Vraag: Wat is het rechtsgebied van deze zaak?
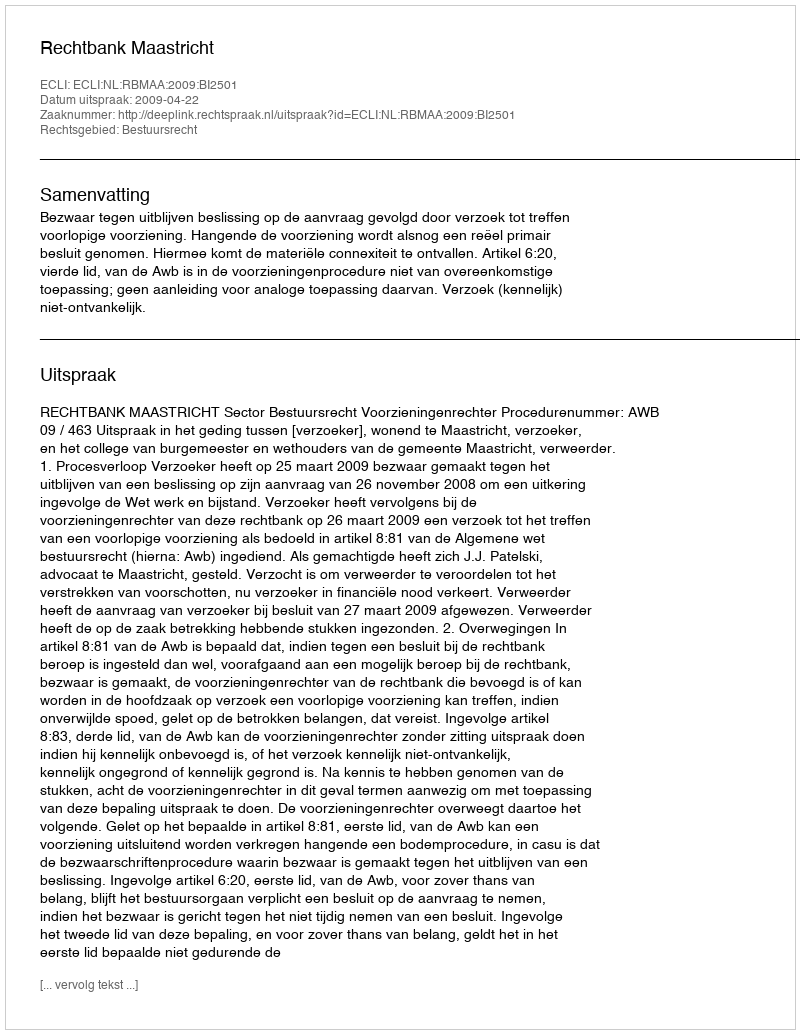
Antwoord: Bestuursrecht